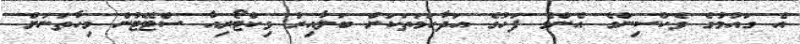
އެ ގައުމުގެ ވެކްސިންގެ އެންމެ ފަހުގެ އަދާހަމަތަކަށް ބަލާއިރު ވިކްޓޯރިއާ ސްޓޭޓުން މިހާތަނަށް